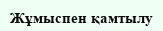
Жұмыспен қамтылу